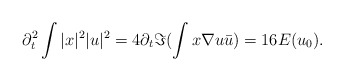
\begin{align*}\partial_{t}^{2}\int |x|^{2}|u|^{2}=4\partial_{t}\Im(\int x\nabla u \bar{u})=16E(u_{0}).\end{align*}